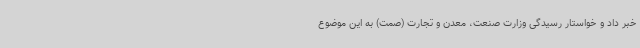
خبر داد و خواستار رسیدگی وزارت صنعت، معدن و تجارت (صمت) به این موضوع